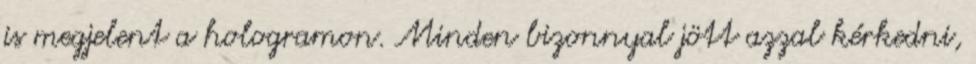
is megjelent a hologramon. Minden bizonnyal jött azzal kérkedni,